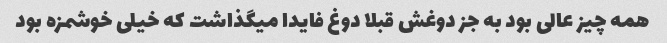
همه چیز عالی بود به جز دوغش قبلا دوغ فایدا میگذاشت که خیلی خوشمزه بود